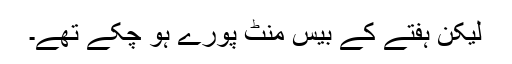
لیکن ہفتے کے بیس منٹ پورے ہو چکے تھے۔